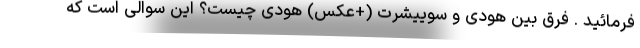
فرمائید . فرق بین هودی و سوییشرت (+عکس) هودی چیست؟ این سوالی است که